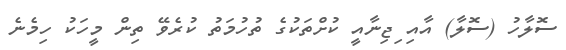
ސޮލާހު (ސޮލާ) އާއި ިޖިނާއީ ކުށްތަކުގެ ތުހުމަތު ކުރެވޭ ތިން މީހަކު ހިމެނެ